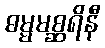
ဓမ္မမစ္ဆရိနီ